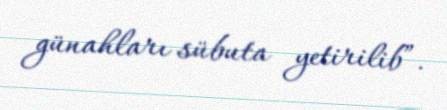
günahları sübuta yetirilib”.